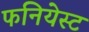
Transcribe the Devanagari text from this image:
फनियेस्ट